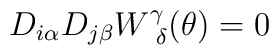
D_{i\alpha}D_{j\beta}W^{\gamma}_{~\delta}(\theta)=0